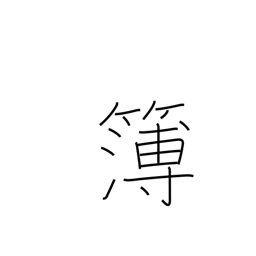
Meaning: record book